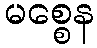
မစ္စေန